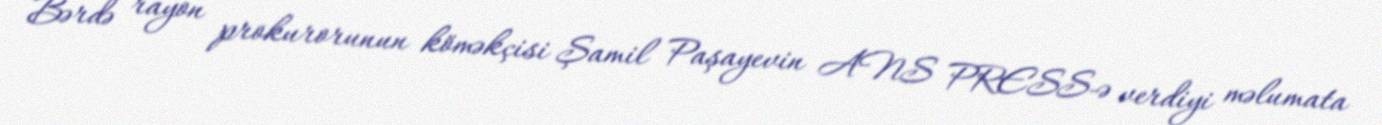
Bərdə rayon prokurorunun köməkçisi Şamil Paşayevin ANS PRESS-ə verdiyi məlumata